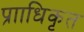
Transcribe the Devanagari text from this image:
प्रााधिकृत